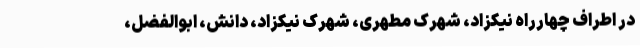
در اطراف چهارراه نیکزاد، شهرک مطهری، شهرک نیکزاد، دانش، ابوالفضل،